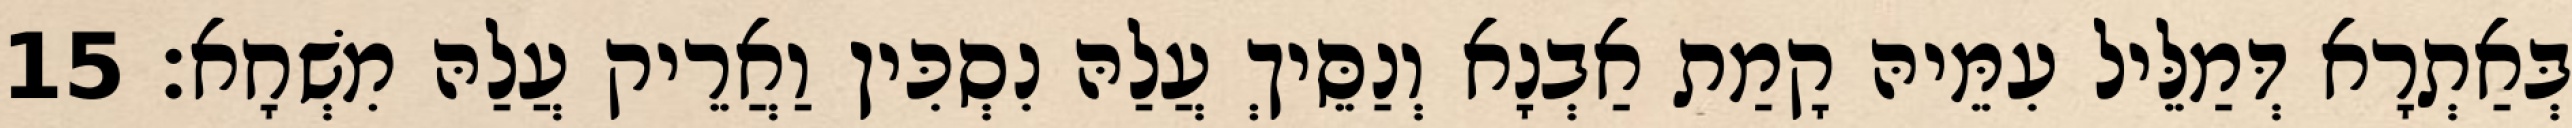
בְּאַתְרָא דְּמַלֵּיל עִמֵּיהּ קָמַת אַבְנָא וְנַסֵּיךְ עֲלַהּ נִסְכִּין וַאֲרֵיק עֲלַהּ מִשְׁחָא׃ 15